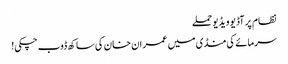
نظام پر آڈیو ویڈیو حملے
سرمائے کی منڈی میں عمران خان کی ساکھ ڈوب چکی!